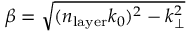
\beta = \sqrt { ( n _ { \mathrm { l a y e r } } k _ { 0 } ) ^ { 2 } - k _ { \perp } ^ { 2 } }